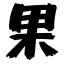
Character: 果